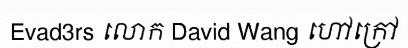
Evad3rs លោក David Wang ហៅក្រៅ